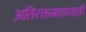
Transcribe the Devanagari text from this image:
अतिरक्तस्रावासाठी